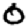
Digit: 0